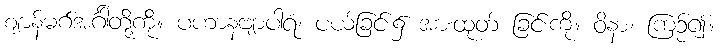
ဈာန်မဂ်အင်္ဂါတို့ကို။ ပဟာနဗျာပါရံ၊ ပယ်ခြင်း၌ အားထုတ် ခြင်းကို။ ဝိနာ၊ ကြဉ်၍။